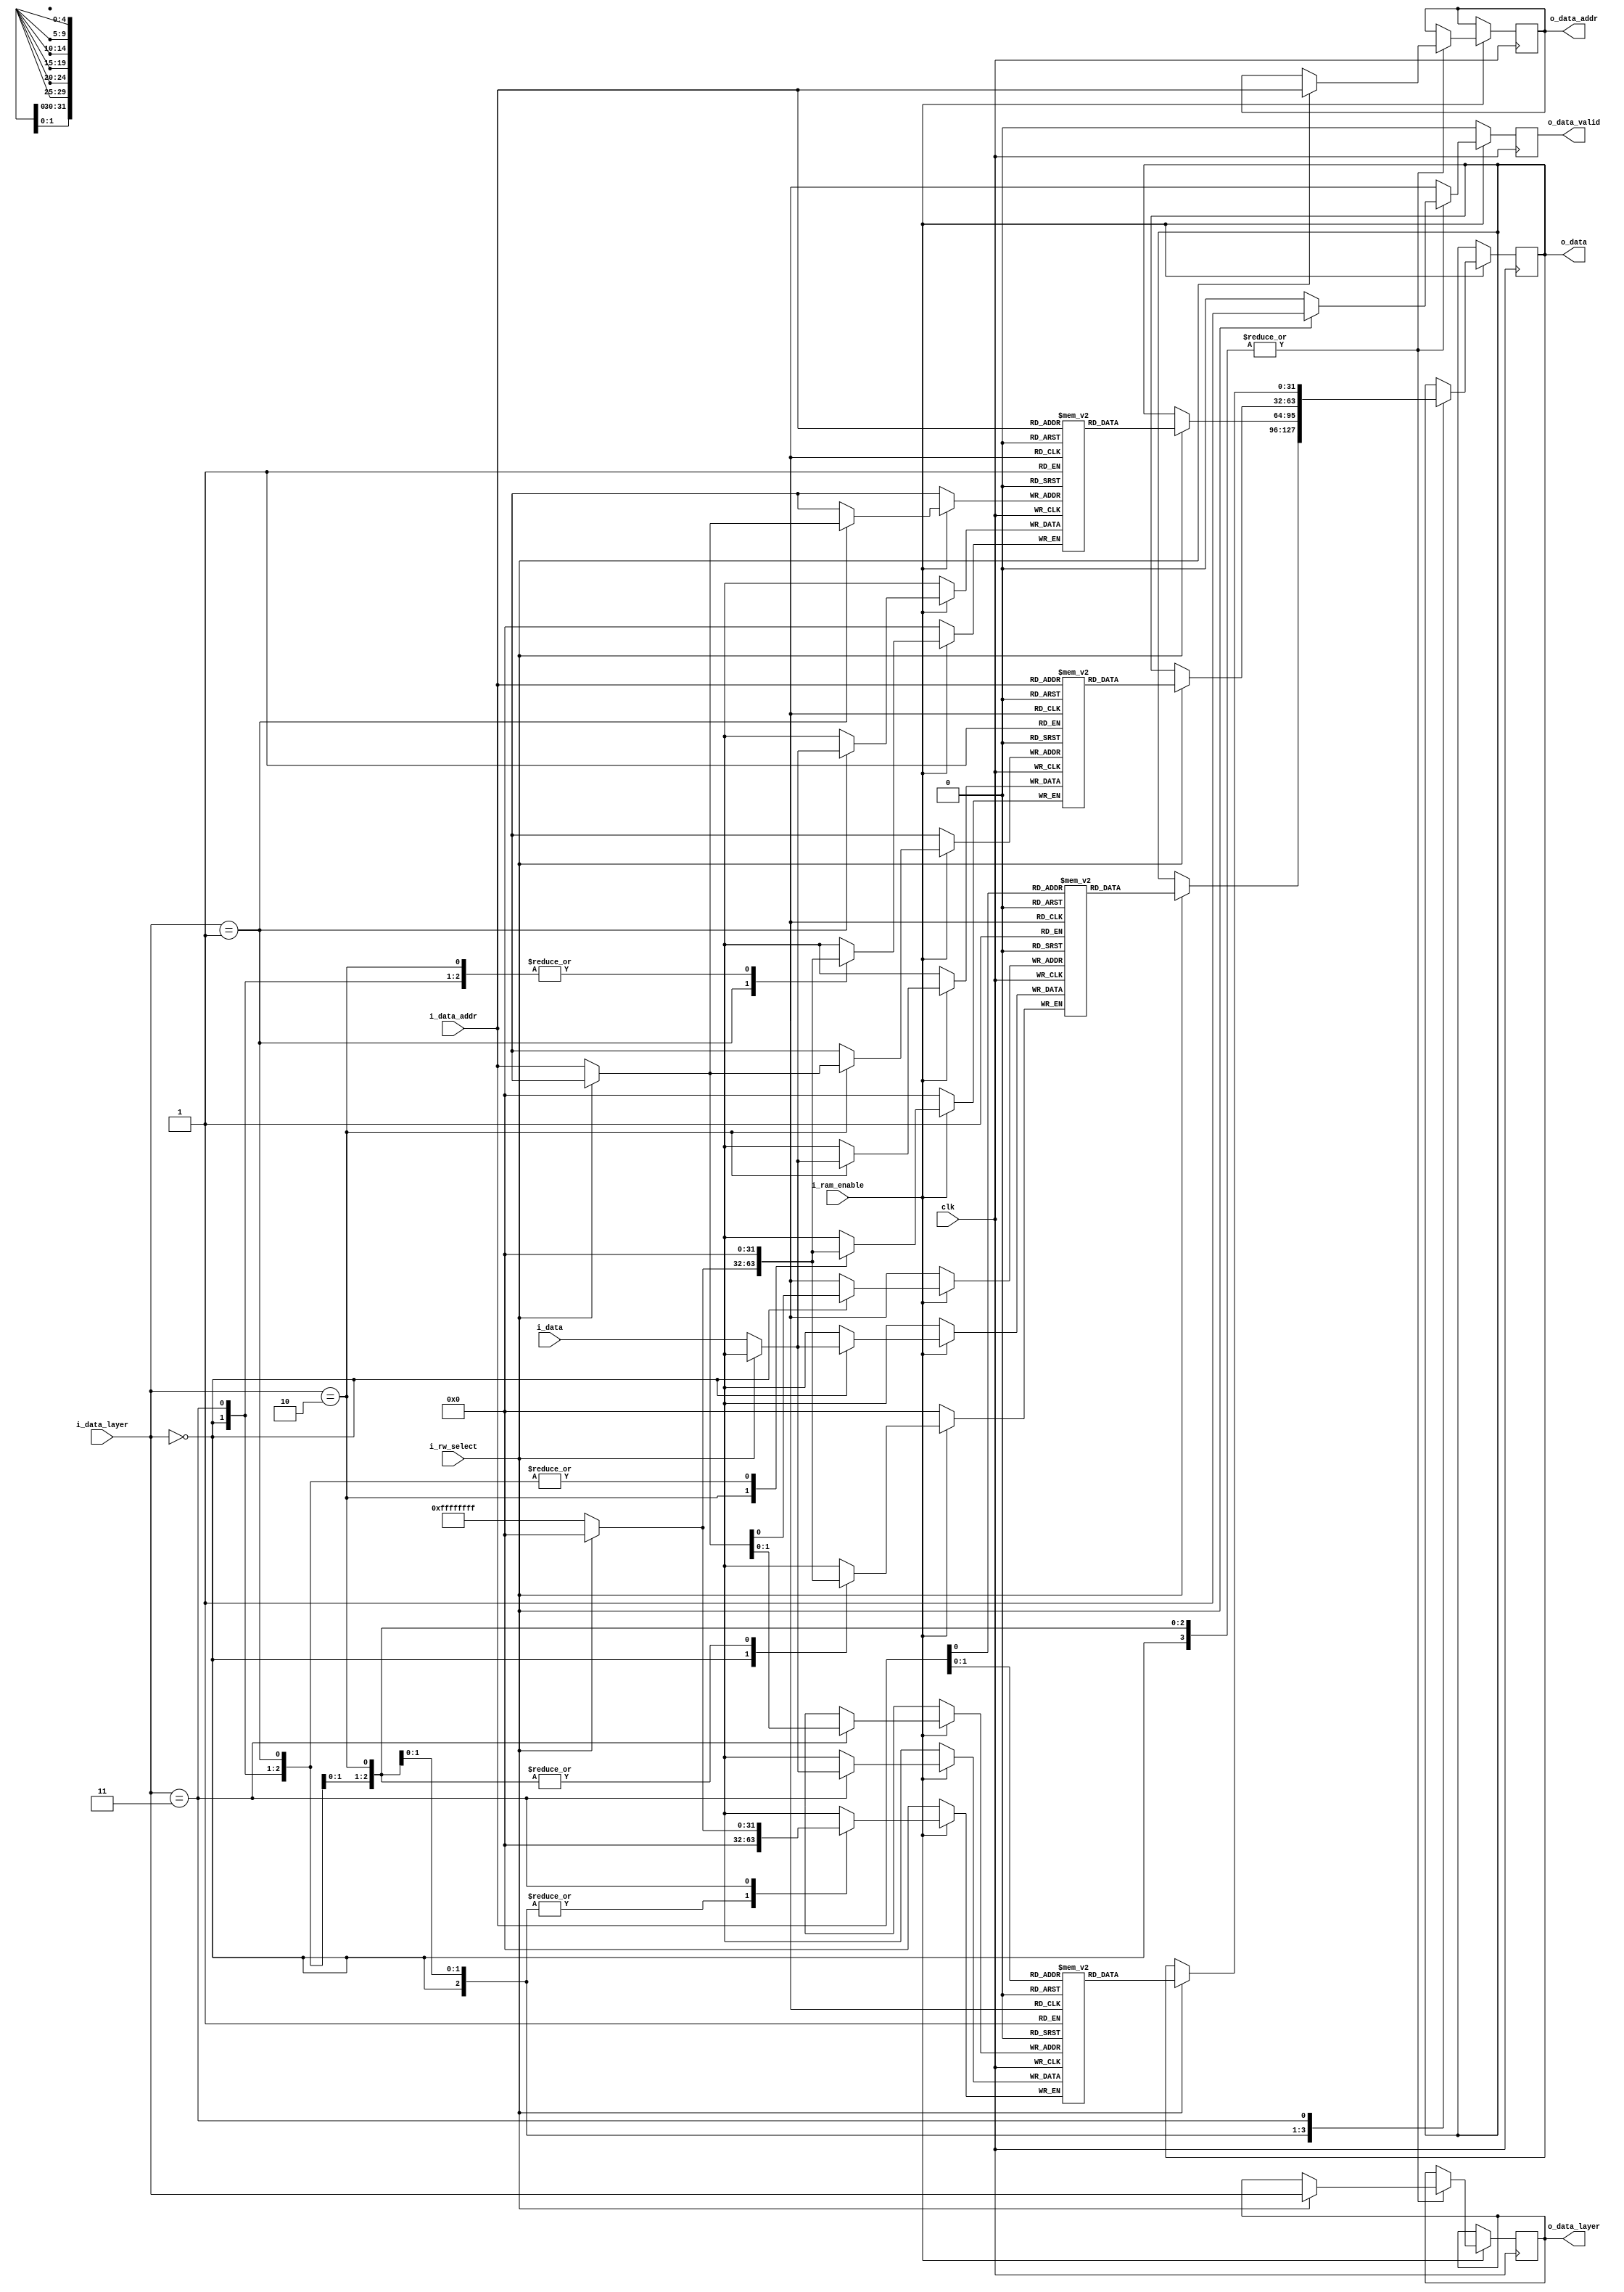
`timescale 1ns/1ps
module block_ram_data
	#(	parameter DATA_WIDTH = 32,
		parameter LAYER_WIDTH = 2,
		parameter NUMBER_OF_INPUT_NODE = 2,
		parameter NUMBER_OF_HIDDEN_NODE_LAYER_1 = 32,
		parameter NUMBER_OF_HIDDEN_NODE_LAYER_2 = 32,
		parameter NUMBER_OF_OUTPUT_NODE = 3
	)
	(	clk,
		i_ram_enable,
		i_rw_select, // 1 for read, 0 for write
		i_data_layer,
		i_data_addr,
		i_data,
		o_data_valid,
		o_data_layer,
		o_data_addr,
		o_data
	);
	
	localparam DATA_COUNTER_WIDTH 		= $clog2(NUMBER_OF_HIDDEN_NODE_LAYER_1);
	
	//------------------------input and output port-----------------------//
	input									clk;
	input									i_ram_enable;
	input									i_rw_select; // 1 for read, 0 for write
	input		[LAYER_WIDTH-1:0]			i_data_layer;
	input 		[DATA_COUNTER_WIDTH-1:0]	i_data_addr;
	input 		[DATA_WIDTH-1:0] 			i_data;
	output reg 								o_data_valid;
	output reg 	[LAYER_WIDTH-1:0] 			o_data_layer;
	output reg 	[DATA_COUNTER_WIDTH-1:0] 	o_data_addr;
	output reg 	[DATA_WIDTH-1:0] 			o_data;
	//--------------------------------------------------------------------//
	
	//---------------------------------------------------------------------------//
	(* RAM_STYLE="BLOCK" *)
	reg [DATA_WIDTH-1:0] ram_data_inlayer 	[NUMBER_OF_INPUT_NODE-1:0];
	reg [DATA_WIDTH-1:0] ram_data_hidden_1 	[NUMBER_OF_HIDDEN_NODE_LAYER_1-1:0];
	reg [DATA_WIDTH-1:0] ram_data_hidden_2 	[NUMBER_OF_HIDDEN_NODE_LAYER_2-1:0];
	reg [DATA_WIDTH-1:0] ram_data_outlayer 	[NUMBER_OF_OUTPUT_NODE-1:0];
	//---------------------------------------------------------------------------//

	always @(posedge clk) begin
		if (i_ram_enable) begin
			case (i_data_layer)
				2'b00: // INPUT LAYER
					begin
						if (i_rw_select) begin // read
							o_data_valid <= 1;
							o_data_layer <= i_data_layer;
							o_data_addr <= i_data_addr;
							o_data <= ram_data_inlayer[i_data_addr];
						end
						else begin // write
							ram_data_inlayer[i_data_addr] <= i_data;
							o_data_valid <= 0;
						end
					end
				2'b01: // HIDDEN 1 LAYER
					begin
						if (i_rw_select) begin // read
							o_data_valid <= 1;
							o_data_layer <= i_data_layer;
							o_data_addr <= i_data_addr;
							o_data <= ram_data_hidden_1[i_data_addr];
						end
						else begin // write
							ram_data_hidden_1[i_data_addr] <= i_data;
							o_data_valid <= 0;
						end
					end
				2'b10: // HIDDEN 2 LAYER
					begin
						if (i_rw_select) begin // read
							o_data_valid <= 1;
							o_data_layer <= i_data_layer;
							o_data_addr <= i_data_addr;
							o_data <= ram_data_hidden_2[i_data_addr];
						end
						else begin // write
							ram_data_hidden_2[i_data_addr] <= i_data;
							o_data_valid <= 0;
						end
					end
				2'b11: // OUTPUT LAYER
					begin
						if (i_rw_select) begin // read
							o_data_valid <= 1;
							o_data_layer <= i_data_layer;
							o_data_addr <= i_data_addr;
							o_data <= ram_data_outlayer[i_data_addr];
						end
						else begin // write
							ram_data_outlayer[i_data_addr] <= i_data;
							o_data_valid <= 0;
						end
					end
			endcase
		end
		else o_data_valid <= 0;
	end
	
	// function for clog2
	function integer clog2;
	input integer value;
	begin
		value = value-1;
		for (clog2=0; value>0; clog2=clog2+1)
			value = value>>1;
	end
	endfunction
	
endmodule